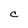
Character: C